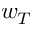
w _ { T }